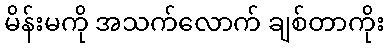
မိန်းမကို အသက်လောက် ချစ်တာကိုး